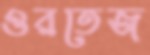
ওরতেজ